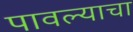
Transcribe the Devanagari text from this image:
पावल्याचा